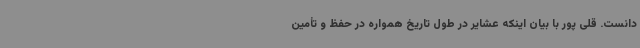
دانست. قلی پور با بیان اینکه عشایر در طول تاریخ همواره در حفظ و تأمین